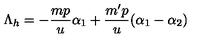
\Lambda _ { h } = - \frac { m p } { u } \alpha _ { 1 } + \frac { m ^ { \prime } p } { u } ( \alpha _ { 1 } - \alpha _ { 2 } )